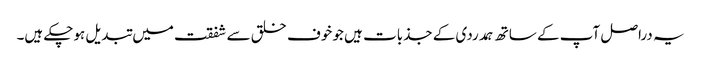
یہ دراصل آپ کے ساتھ ہمدردی کے جذبات ہیں جو خوف خلق سے شفقت میں تبدیل ہوچکے ہیں۔